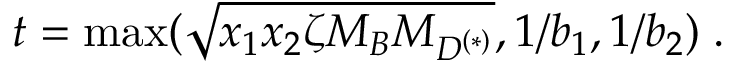
t = \mathrm { m a x } ( \sqrt { x _ { 1 } x _ { 2 } \zeta M _ { B } M _ { D ^ { ( * ) } } } , 1 / b _ { 1 } , 1 / b _ { 2 } ) \; .